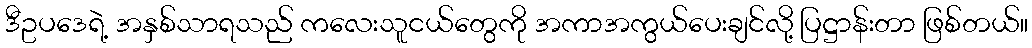
ဒီဥပဒေရဲ့ အနှစ်သာရသည် ကလေးသူငယ်တွေကို အကာအကွယ်ပေးချင်လို့ ပြဋ္ဌာန်းတာ ဖြစ်တယ်။